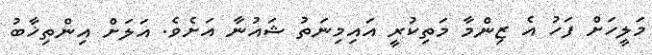
މަލީހަށް ފަހު އެ ޒިންމާ މަތިކުރީ އައިމިނަތު ޝައުނާ އަށެވެ. އަލަށް އިންތިޚާބު